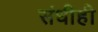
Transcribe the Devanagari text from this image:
संधीही